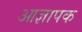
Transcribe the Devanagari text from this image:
आज्ञापक